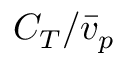
C _ { T } / \bar { v } _ { p }